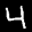
Label: 4